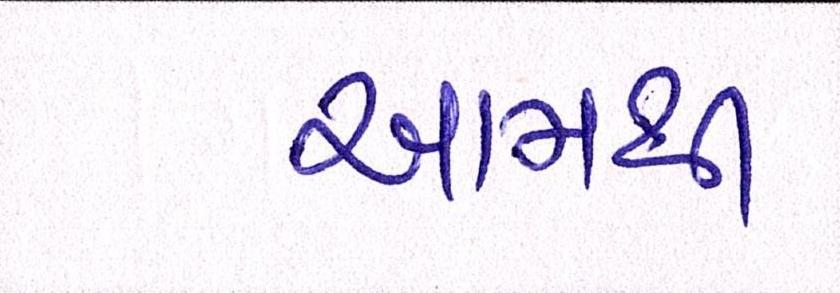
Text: આમથી